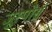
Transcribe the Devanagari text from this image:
जूस्पोर्स